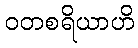
ဝတစရိယာဟိ